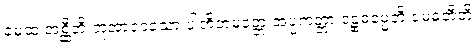
ခမထ အစ္ဆီတိ ဘူအာဒေသော ပါတိတမတ္တေ အပ္ပကတ္တာ ဒဠှဓမ္မေဘိ မေဓတီတိ